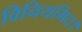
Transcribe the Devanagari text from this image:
विनियमित।